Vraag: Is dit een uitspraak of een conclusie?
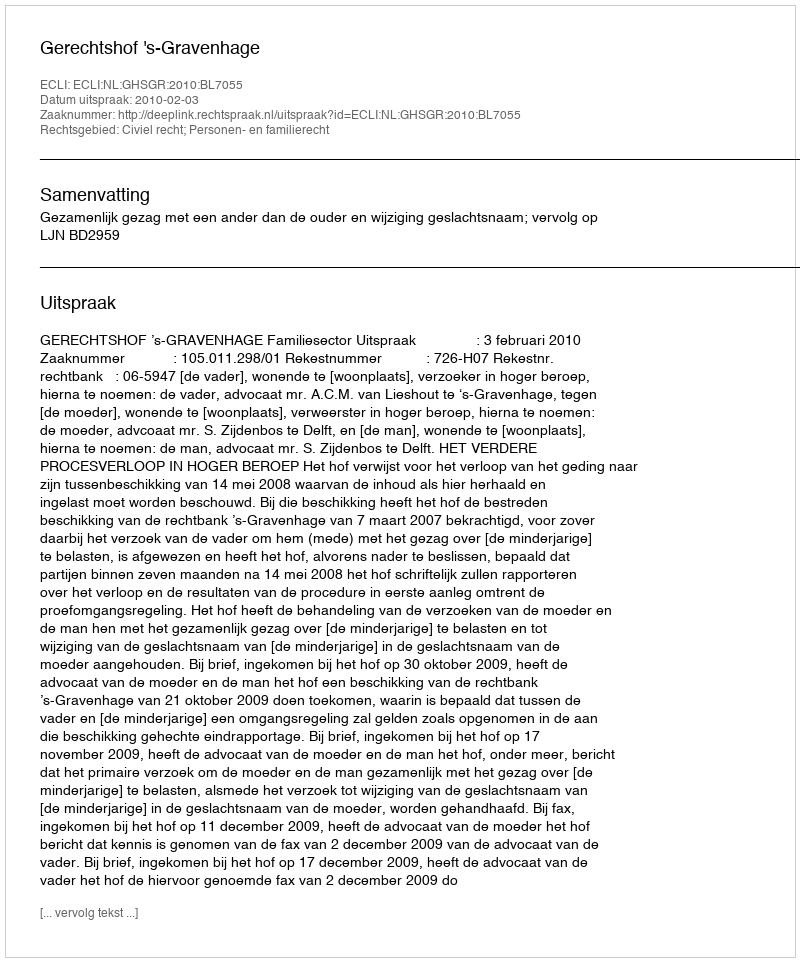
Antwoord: Uitspraak